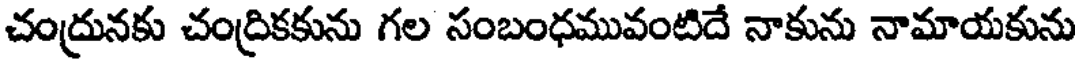
చంద్రునకు చంద్రికకును గల సంబంధమువంటిదే నాకును నామాయకును